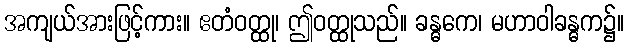
အကျယ်အားဖြင့်ကား။ ဧတံဝတ္ထု၊ ဤဝတ္ထုသည်။ ခန္ဓကေ၊ မဟာဝါခန္ဓက၌။